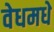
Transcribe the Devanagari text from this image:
वेधमधे